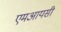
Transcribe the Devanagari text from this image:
एमआयसी